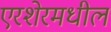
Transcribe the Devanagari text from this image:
एरशेरमधील